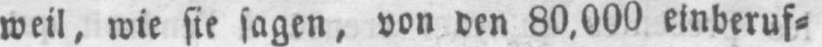
weil, wie sie sagen, von den 80,000 einberuf⸗